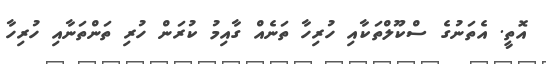
އޮތީ. އެތަނުގެ ސްކޫލްތަކާއި ހުރިހާ ތަނެއް ގާއިމު ކުރަން ހުރި ތަންތަނާއި ހުރިހާ